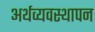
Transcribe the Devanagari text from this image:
अर्थव्यवस्थापन